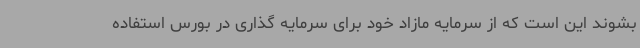
بشوند این است که از سرمایه مازاد خود برای سرمایه گذاری در بورس استفاده